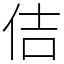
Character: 佶